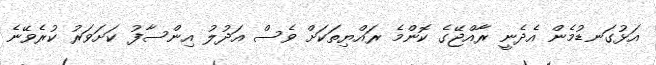
އަޅުގަނޑުމެން އެދެނީ ރާއްޖޭގެ ކޮންމެ ރައްޔިތަކަށް ވެސް އަދުލު އިންސާފު ކަށަވަރު ކުރެވޭނެ